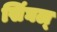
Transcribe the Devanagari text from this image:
सिंघल्